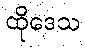
ထိုဒေသ